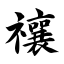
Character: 禳